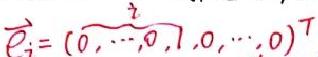
\(\vec{e}_i = (\overbrace{0, \cdots, 0}^{i - 1}, 1, 0, \cdots, 0)^T\)